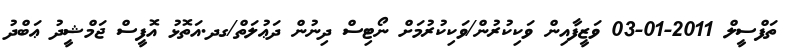
ތަފްސީލް 2011-01-03 ވަޒީފާއިން ވަކިކުރުން/ވަކިކުރުމަށް ނޯޓިސް ދިނުން ދަޢުލަތް/ގދ.އަތޮޅު އޮފީސް ޖަމްޝީދު ޢަބްދު